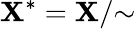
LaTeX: \mathbf{X}^{*}=\mathbf{X}/{\sim}